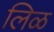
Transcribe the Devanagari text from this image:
लिळ